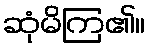
ဆုံမိကြ၏။